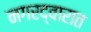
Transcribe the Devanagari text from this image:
नगरद्वारात